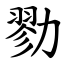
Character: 勠